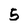
Character: 5